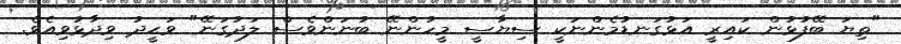
"ތިޔަ ބޭފުޅުން ކައިރީ އަޅުގަނޑުމެންނަކީ ސިޔާސީ މީހުންނޭ ބުނަންވެސް ލަދުގަނޭ" ވަޙީދު ވިދާޅުވިއެވެ.